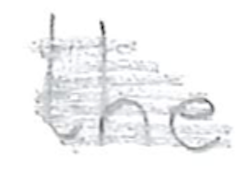
Text: the
Cross-out: scratch
Writing tool: pencil